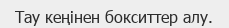
Тау кеңінен бокситтер алу.